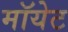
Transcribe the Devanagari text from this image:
मॉयेट